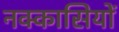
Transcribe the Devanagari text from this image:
नक्‍कासियों